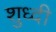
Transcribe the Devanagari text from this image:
शुध्दी